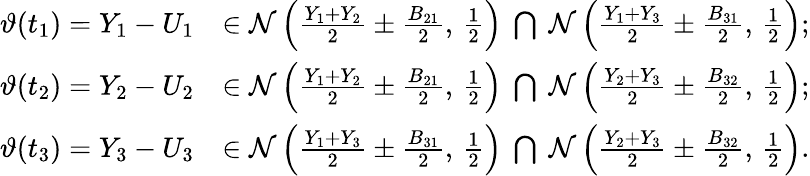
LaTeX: \begin{array}{rl}{\vartheta(t_{1})=Y_{1}-U_{1}}&{\in\mathcal{N}\left(\frac{Y_{1}+Y_{2}}{2}\pm\frac{B_{21}}{2},\, \frac{1}{2}\right)\ \bigcap\ \mathcal{N}\left(\frac{Y_{1}+Y_{3}}{2}\pm\frac{B_{31}}{2},\, \frac{1}{2}\right);}\\ {\vartheta(t_{2})=Y_{2}-U_{2}}&{\in\mathcal{N}\left(\frac{Y_{1}+Y_{2}}{2}\pm\frac{B_{21}}{2},\, \frac{1}{2}\right)\ \bigcap\ \mathcal{N}\left(\frac{Y_{2}+Y_{3}}{2}\pm\frac{B_{32}}{2},\, \frac{1}{2}\right);}\\ {\vartheta(t_{3})=Y_{3}-U_{3}}&{\in\mathcal{N}\left(\frac{Y_{1}+Y_{3}}{2}\pm\frac{B_{31}}{2},\, \frac{1}{2}\right)\ \bigcap\ \mathcal{N}\left(\frac{Y_{2}+Y_{3}}{2}\pm\frac{B_{32}}{2},\, \frac{1}{2}\right).}\end{array}